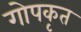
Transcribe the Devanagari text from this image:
गोपकृत